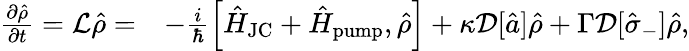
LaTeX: \begin{array}{rl}{\frac{\partial\hat{\rho}}{\partial t}=\mathcal{L}\hat{\rho}=}&{-\frac{i}{\hbar}\left[\hat{H}_{\mathrm{JC}}+\hat{H}_{\mathrm{pump}},\hat{\rho}\right]+\kappa\mathcal{D}[\hat{a}]\hat{\rho}+\Gamma\mathcal{D}[\hat{\sigma}_{-}]\hat{\rho},}\end{array}